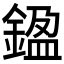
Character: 𨩙